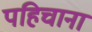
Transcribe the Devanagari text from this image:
पहिचाना